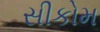
સીકોમ